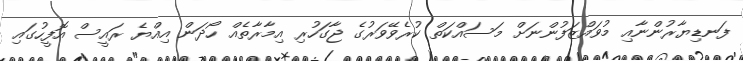
ފަނޑިޔާރުންނާއި މުވައްޒަފުންނަށް މަސައްކަތް ކުރެވޭވަރުގެ ޖާގަހުރި އިމާރާތެއް ހޯދަން އިއްޔެ ރައީސް އޮފީހުގައި